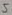
Text: 5